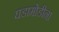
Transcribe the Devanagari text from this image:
घडामोडीना